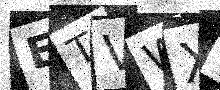
Text: ETVWX0